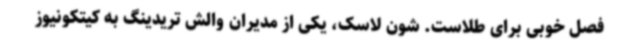
فصل خوبی برای طلاست. شون لاسک، یکی از مدیران والش تریدینگ به کیتکونیوز